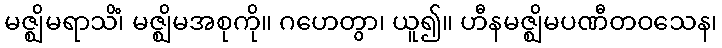
မဇ္ဈိမရာသိံ၊ မဇ္ဈိမအစုကို။ ဂဟေတွာ၊ ယူ၍။ ဟီနမဇ္ဈိမပဏီတဝသေန၊